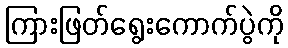
ကြားဖြတ်ရွေးကောက်ပွဲကို